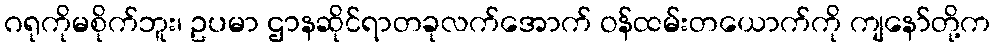
ဂရုကိုမစိုက်ဘူး၊ ဥပမာ ဌာနဆိုင်ရာတခုလက်အောက် ဝန်ထမ်းတယောက်ကို ကျနော်တို့က